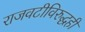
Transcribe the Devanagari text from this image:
राजवटीविरुद्धही